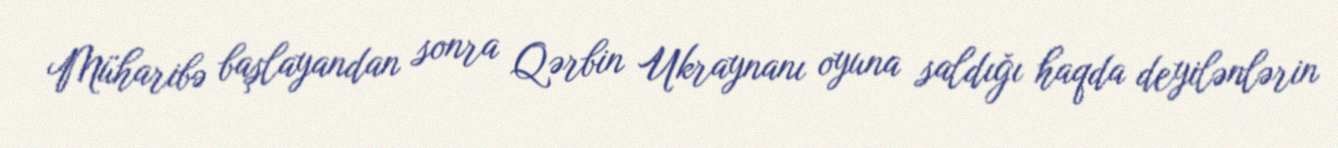
Müharibə başlayandan sonra Qərbin Ukraynanı oyuna saldığı haqda deyilənlərin